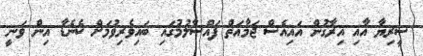
ސީރިޔާ އާއި އިރާގުން އައިއެސް ޖަމާއަތް ފައްސާލުމުގައި ބައިވެރިވުމަށް ކެނެޑާ އިން ވަނީ